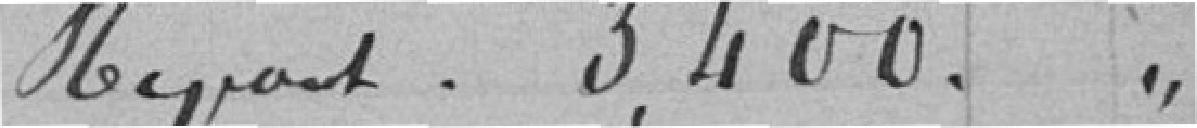
yant 3 400 francs